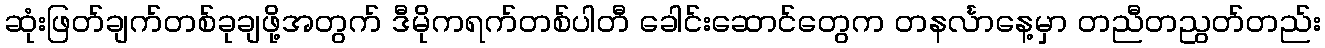
ဆုံးဖြတ်ချက်တစ်ခုချဖို့အတွက် ဒီမိုကရက်တစ်ပါတီ ခေါင်းဆောင်တွေက တနင်္လာနေ့မှာ တညီတညွတ်တည်း